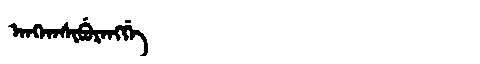
Manchu: ᠠᠩᡤᠠᠰᡳᠪᡠᡵᠠᠩᡤᡝ
Romanization: ANGGASIBURANGGE